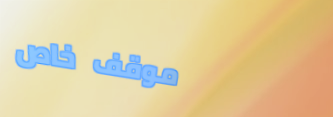
موقف خاص